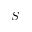
S